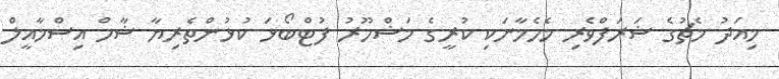
މިއަދު މެޗުގެ ޝަރަފްވެރި މެހެމާނަކި ކުރީގެ މަޝްހޫރު ފުޓްބޯޅަ ކުޅުންތެރިޔާ ޝާހް އިސްމާއީލް